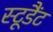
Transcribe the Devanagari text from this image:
स्टूडैंट